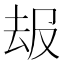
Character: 叝